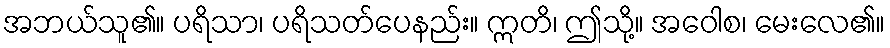
အဘယ်သူ၏။ ပရိသာ၊ ပရိသတ်ပေနည်း။ ဣတိ၊ ဤသို့။ အဝေါစ၊ မေးလေ၏။